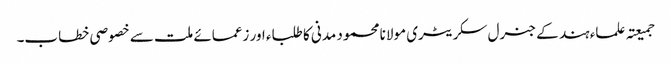
جمیعتہ علماء ہند کے جنرل سکریٹری مولانا محمود مدنی کا طلباء اور زعمائے ملت سے خصوصی خطاب۔